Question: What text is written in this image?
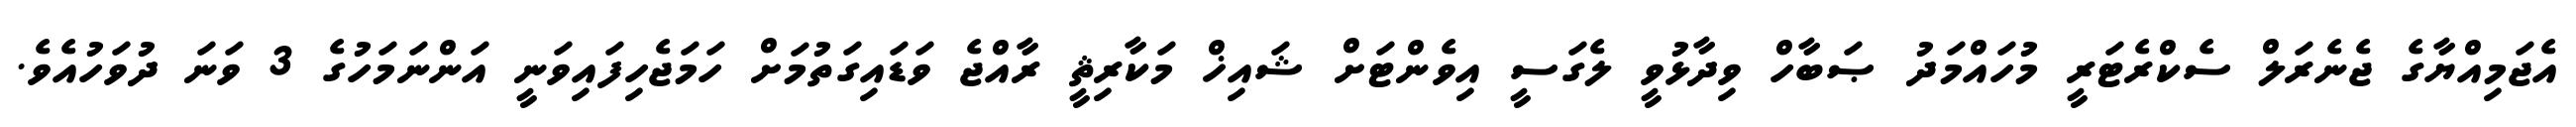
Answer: އެޖަމިއްޔާގެ ޖެނެރަލް ސެކްރެޓަރީ މުހައްމަދު ޞަބާހް ވިދާޅުވީ ލެގަސީ އިވެންޓަށް ޝައިޚް މަކާރިޘީ ރާއްޖެ ވަޑައިގަތުމަށް ހަމަޖެހިފައިވަނީ އަންނަމަހުގެ 3 ވަނަ ދުވަހުއެވެ.